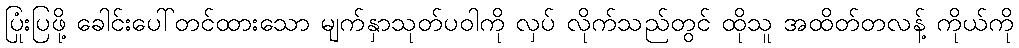
ပြုံးပြဖို့ ခေါင်းပေါ်တင်ထားသော မျက်နှာသုတ်ပဝါကို လှပ် လိုက်သည်တွင် ထိုသူ အထိတ်တလန့် ကိုယ်ကို